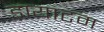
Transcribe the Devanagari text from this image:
डायाटम